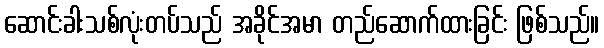
ဆောင်းခါးသစ်လုံးတပ်သည် အခိုင်အမာ တည်ဆောက်ထားခြင်း ဖြစ်သည်။